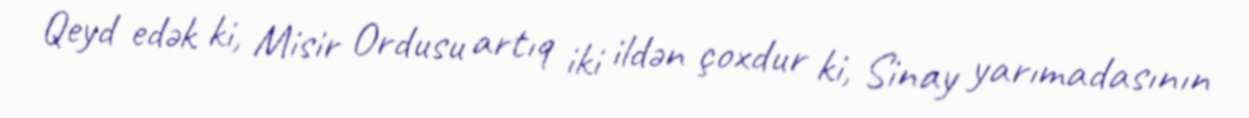
Qeyd edək ki, Misir Ordusu artıq iki ildən çoxdur ki, Sinay yarımadasının